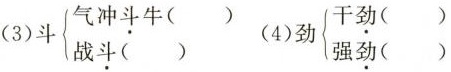
(3)斗$$\left\{\begin{matrix}气冲\underset{·}{斗}牛()\\战\underset{·}{斗}()\end{matrix}\right.$$(4)劲$$\left\{\begin{matrix}干\underset{·}{劲}()\\强\underset{·}{劲}()\end{matrix}\right.$$